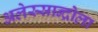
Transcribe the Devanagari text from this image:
अलेस्सान्द्रोला